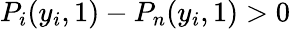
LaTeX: P_{i}(y_{i},1)-P_{n}(y_{i},1)>0